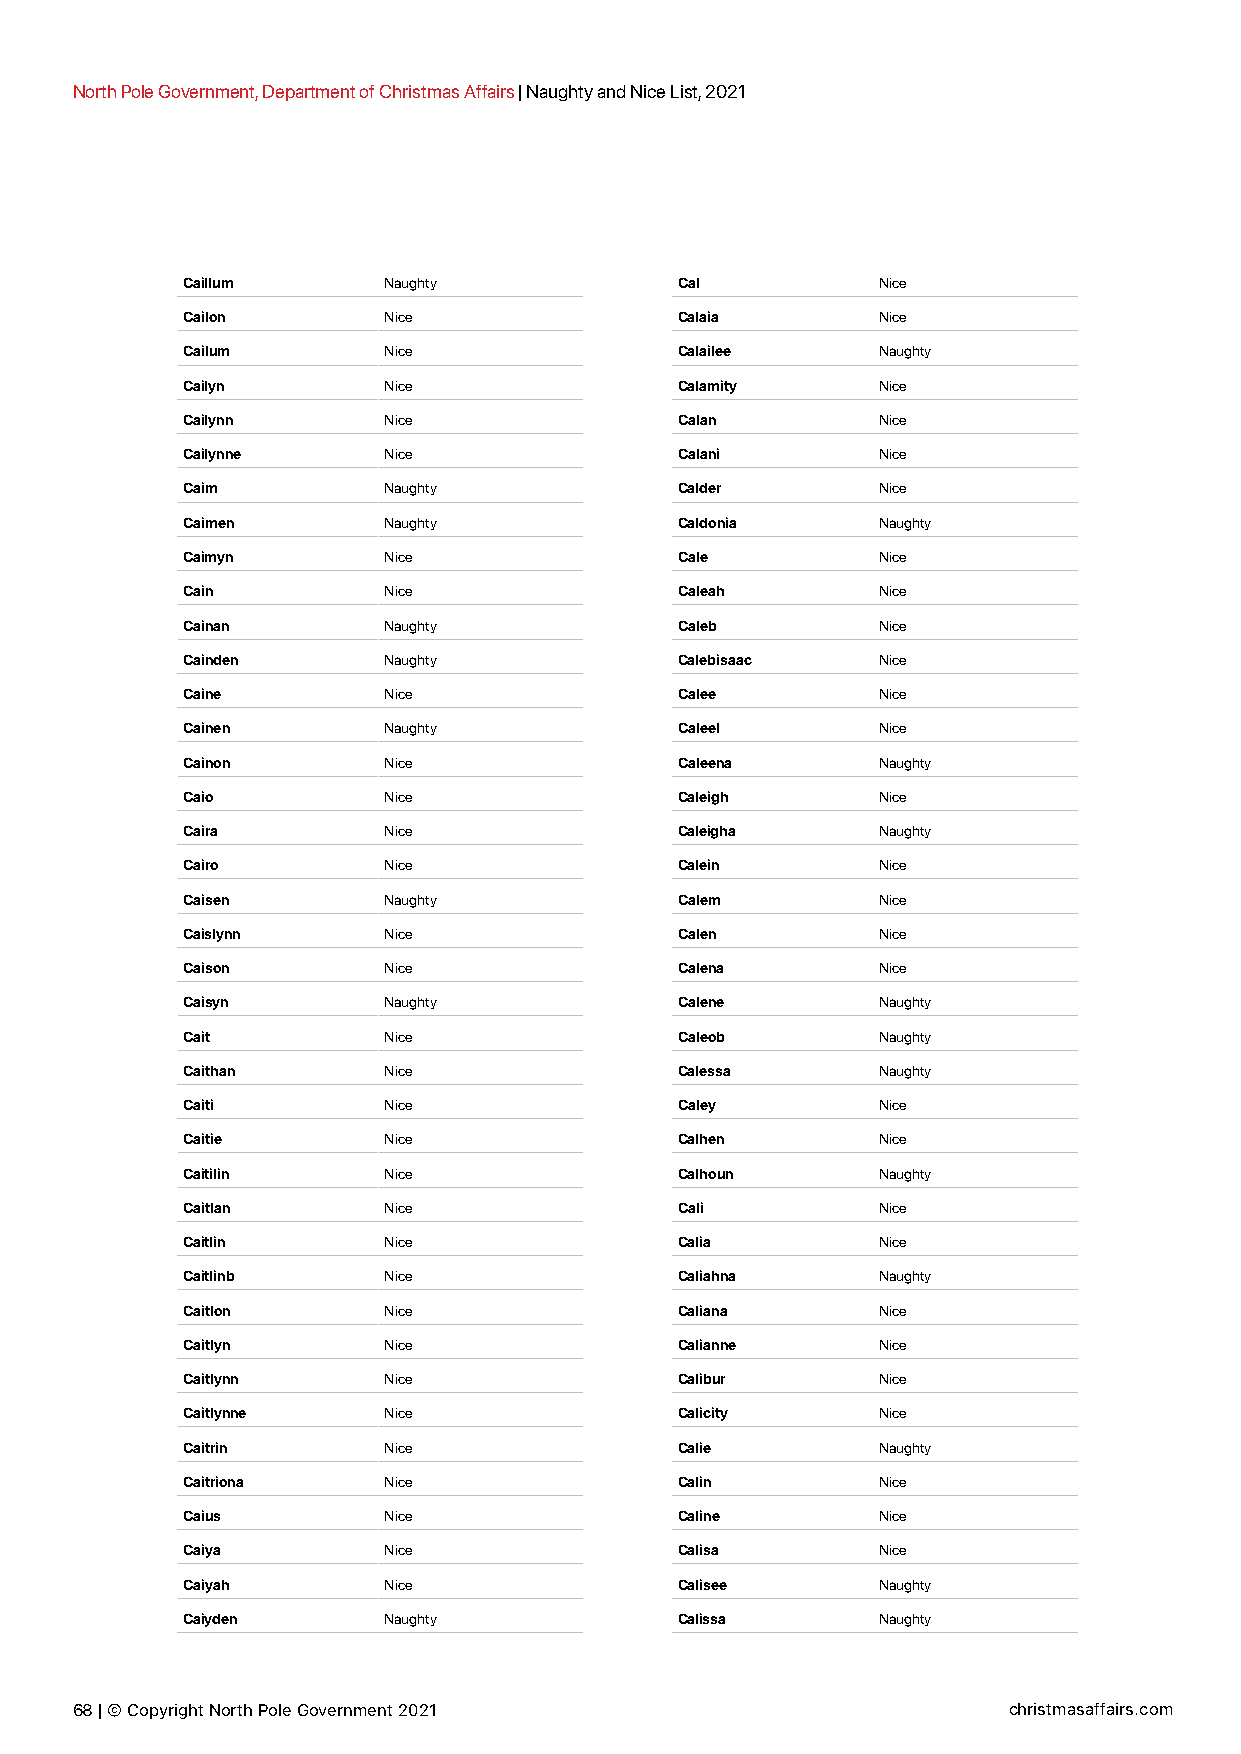
North Pole Government, Department of Christmas Affairs | Naughty and Nice List, 2021
 Caillum      Naughty             Cal          Nice
 Cailon       Nice                Calaia       Nice
 Cailum       Nice                Calailee     Naughty
 Cailyn       Nice                Calamity     Nice
 Cailynn      Nice                Calan        Nice
 Cailynne     Nice                Calani       Nice
 Caim         Naughty             Calder       Nice
 Caimen       Naughty             Caldonia     Naughty
 Caimyn       Nice                Cale         Nice
 Cain         Nice                Caleah       Nice
 Cainan       Naughty             Caleb        Nice
 Cainden      Naughty             Calebisaac   Nice
 Caine        Nice                Calee        Nice
 Cainen       Naughty             Caleel       Nice
 Cainon       Nice                Caleena      Naughty
 Caio         Nice                Caleigh      Nice
 Caira        Nice                Caleigha     Naughty
 Cairo        Nice                Calein       Nice
 Caisen       Naughty             Calem        Nice
 Caislynn     Nice                Calen        Nice
 Caison       Nice                Calena       Nice
 Caisyn       Naughty             Calene       Naughty
 Cait         Nice                Caleob       Naughty
 Caithan      Nice                Calessa      Naughty
 Caiti        Nice                Caley        Nice
 Caitie       Nice                Calhen       Nice
 Caitilin     Nice                Calhoun      Naughty
 Caitlan      Nice                Cali         Nice
 Caitlin      Nice                Calia        Nice
 Caitlinb     Nice                Caliahna     Naughty
 Caitlon      Nice                Caliana      Nice
 Caitlyn      Nice                Calianne     Nice
 Caitlynn     Nice                Calibur      Nice
 Caitlynne    Nice                Calicity     Nice
 Caitrin      Nice                Calie        Naughty
 Caitriona    Nice                Calin        Nice
 Caius        Nice                Caline       Nice
 Caiya        Nice                Calisa       Nice
 Caiyah       Nice                Calisee      Naughty
 Caiyden      Naughty             Calissa      Naughty
 68 | © Copyright North Pole Government 2021                   christmasaffairs.com